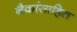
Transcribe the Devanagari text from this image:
नैकांसाहित